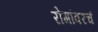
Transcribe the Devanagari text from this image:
रोगांवरचं